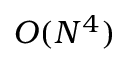
O ( N ^ { 4 } )